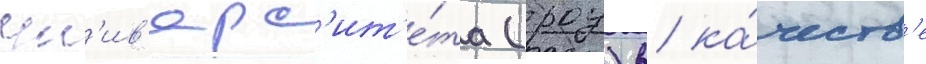
ун'ив'ерс'ит'е́та (роу) в ка́честв'е